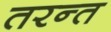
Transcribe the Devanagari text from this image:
तरन्त